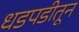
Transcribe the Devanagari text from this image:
धडपडीतून